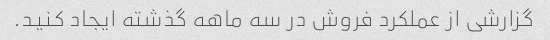
گزارشی از عملکرد فروش در سه ماهه گذشته ایجاد کنید.